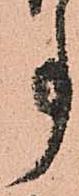
事